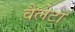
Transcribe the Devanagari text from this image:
वैलेटा